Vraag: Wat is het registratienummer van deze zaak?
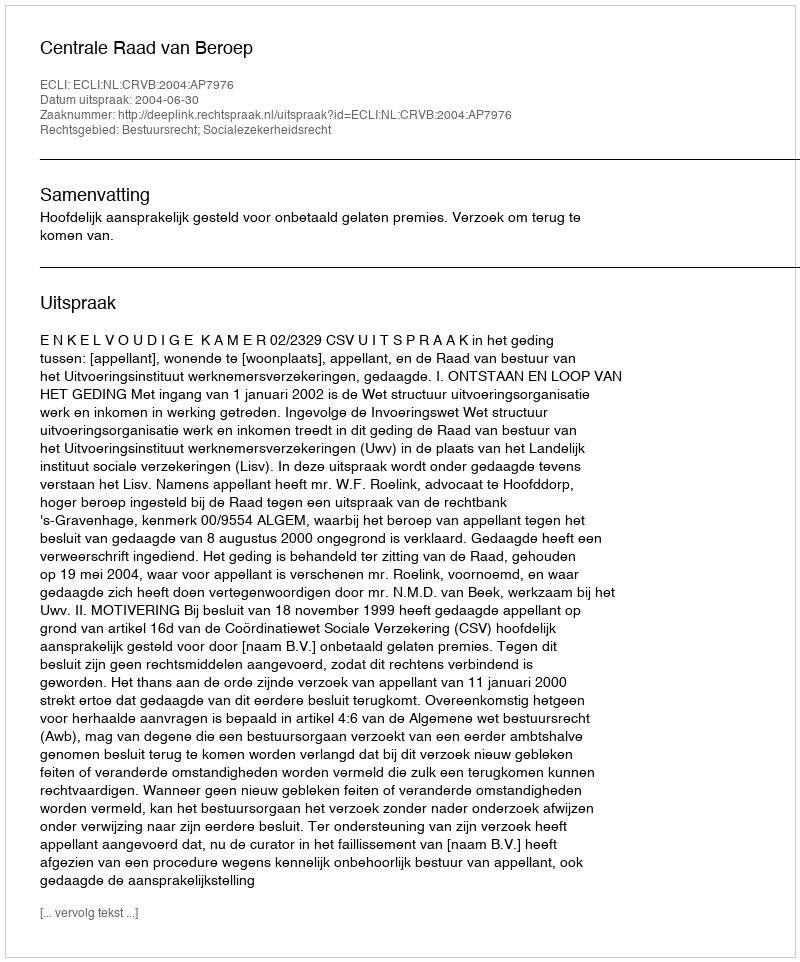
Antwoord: http://deeplink.rechtspraak.nl/uitspraak?id=ECLI:NL:CRVB:2004:AP7976